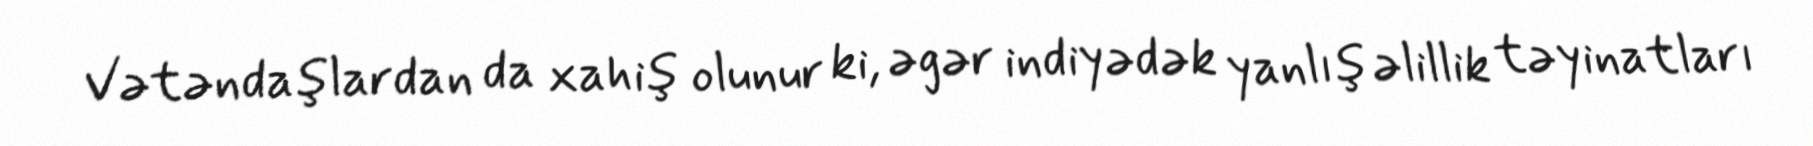
Vətəndaşlardan da xahiş olunur ki, əgər indiyədək yanlış əlillik təyinatları